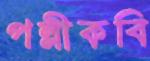
পল্লীকবি